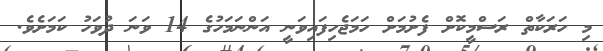
މި ހަރަކާތް ރަސްމީކޮށް ފެށުމަށް ހަމަޖެހިފައިވަނީ އަންނަމަހުގެ 14 ވަނަ ދުވަހު ކަމަށެވެ.